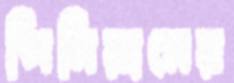
পিনিয়ামের